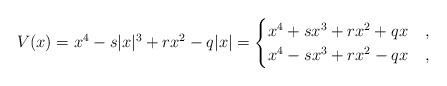
LaTeX: \begin{align*} V(x) = x^4 - s |x|^3 + r x^2 - q |x| = \begin{cases} x^4 + s x^3 + r x^2 + q x & , \\ x^4 - s x^3 + r x^2 - q x & , \end{cases} \end{align*}